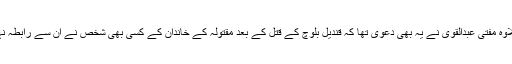
اس کے علاوہ مفتی عبدالقوی نے یہ بھی دعویٰ تھا کہ قندیل بلوچ کے قتل کے بعد مقتولہ کے خاندان کے کسی بھی شخص نے اُن سے رابطہ نہیں کیا تھا۔